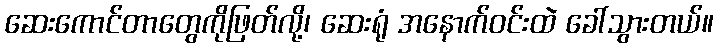
ဆေးကောင်တာတွေကိုဖြတ်လို့၊ ဆေးရုံ အနောက်ဝင်းထဲ ခေါ်သွားတယ်။